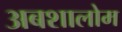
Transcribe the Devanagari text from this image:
अबशालोम